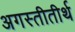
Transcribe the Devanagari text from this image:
अगस्तीतीर्थ